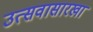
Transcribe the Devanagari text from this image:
उत्सवासारखा